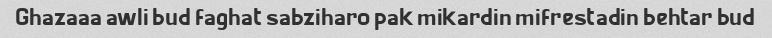
Ghazaaa awli bud faghat sabziharo pak mikardin mifrestadin behtar bud